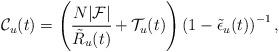
LaTeX: \begin{align*}\mathcal{C}_u(t) = \left(\cfrac{N|\mathcal{F}|}{\tilde{R}_u(t)} + \mathcal{T}_u(t)\right) \left( 1 - \tilde{\epsilon}_u(t) \right)^{-1},\end{align*}